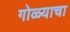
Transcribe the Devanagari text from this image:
गोळ्याचा